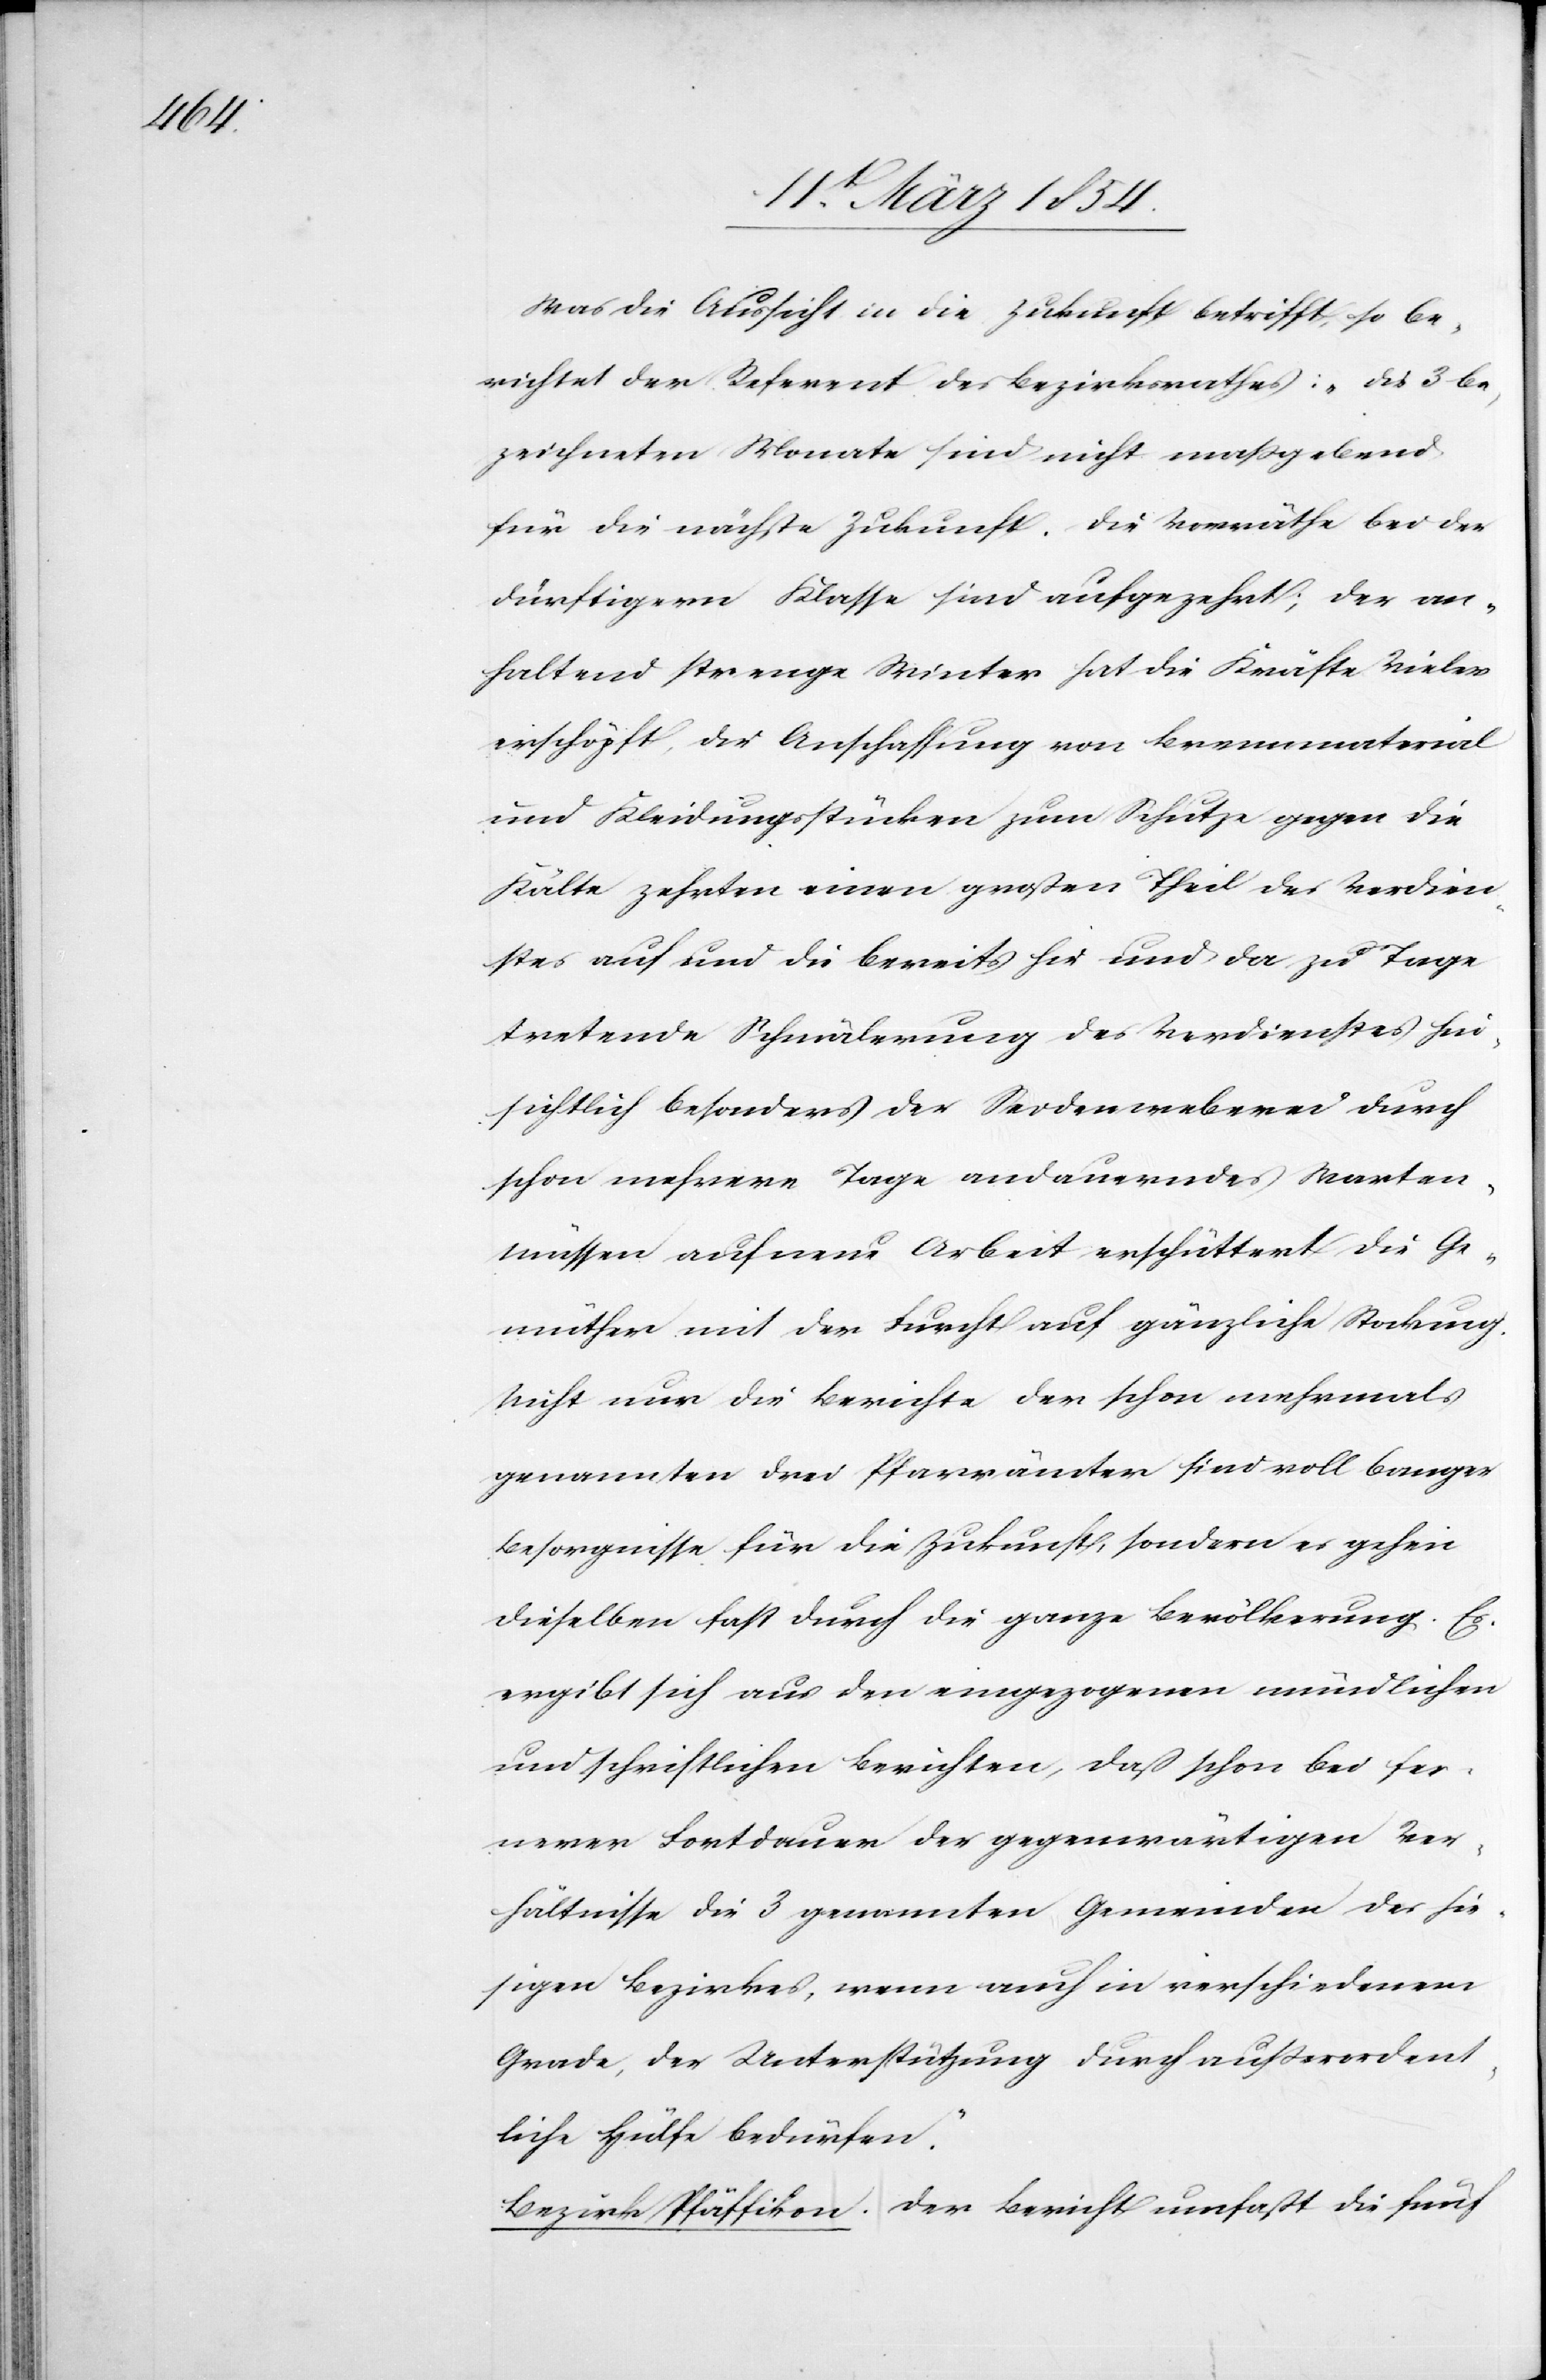
Was die Aussicht in die Zukunft betrifft, so be¬
richtet der Referent des Bezirksrathes: „Die 3 be¬
zeichneten Monate sind nicht maßgebend
für die nächste Zukunft. Die Vorräthe bei der
dürftigern Klasse sind aufgezehrt; der an¬
haltend strenge Winter hat die Kräfte vieler
erschöpft, die Anschaffung von Brennmaterial
und Kleidungsstücken zum Schutze gegen die
Kälte zehrten einen großen Theil des Verdien¬
stes auf und die bereits hie und da zu Tage
tretende Schmälerung des Verdienstes hin¬
sichtlich besonders der Seidenweberei durch
schon mehrere Tage andauerndes Warten-M¬
üssen auf neue Arbeit erschüttert die Ge¬
müther mit der Furcht auf gänzliche Stockung.
Nicht nur die Berichte der schon mehrmals
genannten drei Pfarrämter sind voll banger
Besorgnisse für die Zukunft, sondern es gehen
dieselben fast durch die ganze Bevölkerung. Es
ergibt sich aus den eingezogenen mündlichen
und schriftlichen Berichte, daß schon bei fer¬
nerer Fortdauer der gegenwärtigen Ver¬
hältnisse die 3 genannten Gemeinden des hie¬
sigen Bezirkes, wenn auch in verschiedenem
Grade, der Unterstützung durch außerordent¬
liche Hülfe bedürfen.“
Bezirks Pfäffikon. Der Bericht umfaßt die fünf